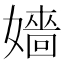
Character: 嬙